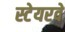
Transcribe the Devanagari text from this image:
स्टेयरवे